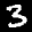
Label: 3